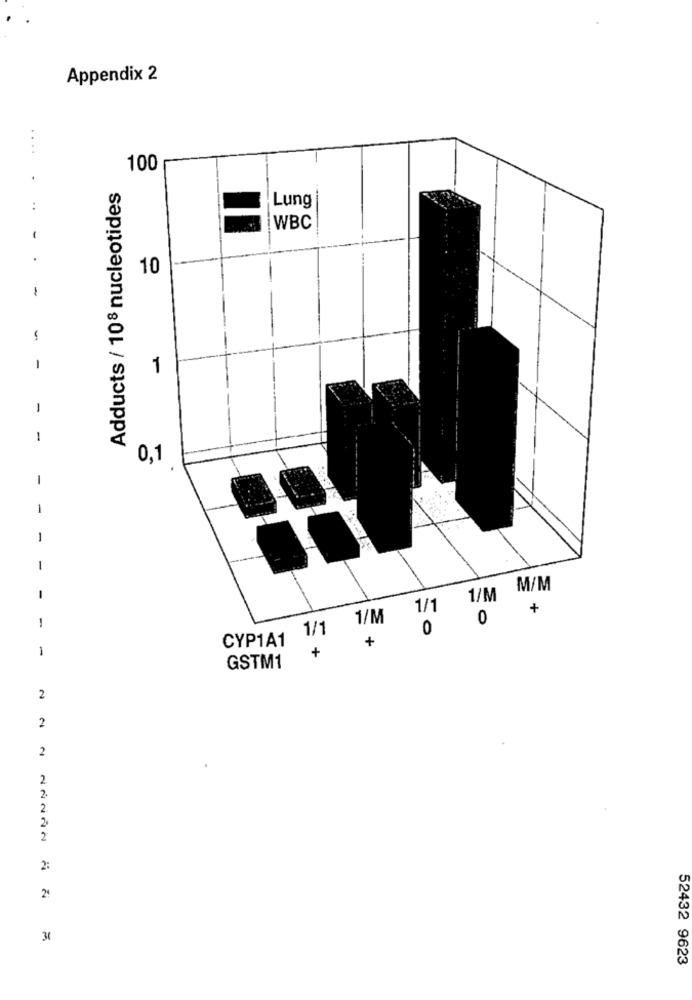
Appendix 2
.......
100
Adducts / 108 nucleotides
..
Lung
WBC
-
10
-
-
-
1
-
-
0,1
1/M M/M
-
1/1
0 +
1/M
0
-
1/1
CYP1A1
+
1
+
GSTM1
2
2
2
2.
2.
2
2
2:
24
31
52432 9623